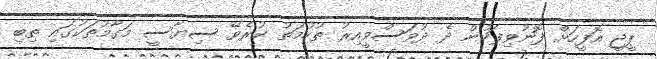
ޕީޖީ އޮފީހަށް ފޮނުވިފަހުން ދެ ދުވަސްވީއިރު ތުހުމަތު ކުރެވޭ ސިޔާސީ މަގާމުތަކުގައި ތިބި